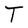
Character: T